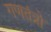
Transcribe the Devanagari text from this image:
गणतंत्रो